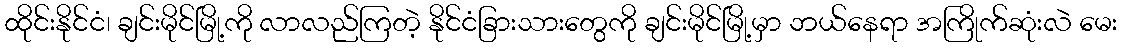
ထိုင်းနိုင်ငံ၊ ချင်းမိုင်မြို့ကို လာလည်ကြတဲ့ နိုင်ငံခြားသားတွေကို ချင်းမိုင်မြို့မှာ ဘယ်နေရာ အကြိုက်ဆုံးလဲ မေး